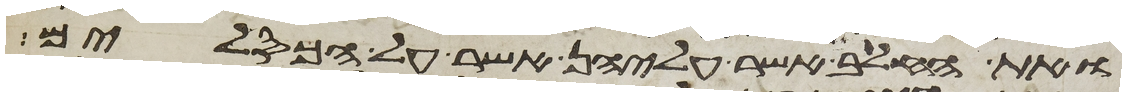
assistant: ואת החלב אשר עליהן אשר על הכסלים